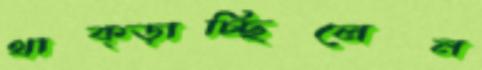
থাক্‌ড়াচ্ছিলেন